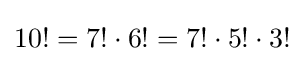
10!=7!\cdot 6!=7!\cdot 5!\cdot 3!